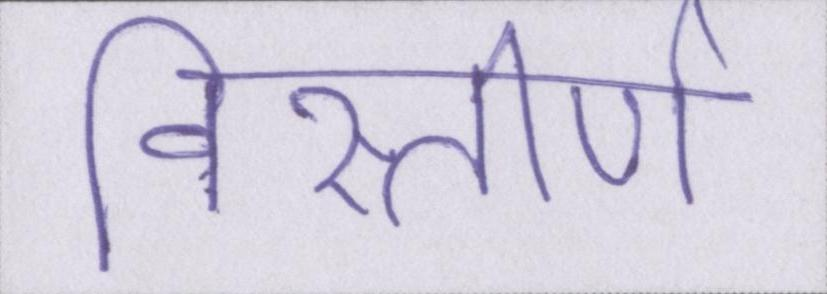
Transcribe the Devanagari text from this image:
विस्तीर्ण